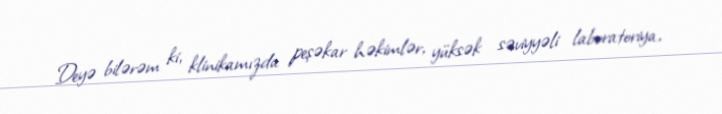
Deyə bilərəm ki, klinikamızda peşəkar həkimlər, yüksək səviyyəli laboratoriya,